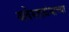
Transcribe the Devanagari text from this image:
अवेस्ताग्रंथाच्या